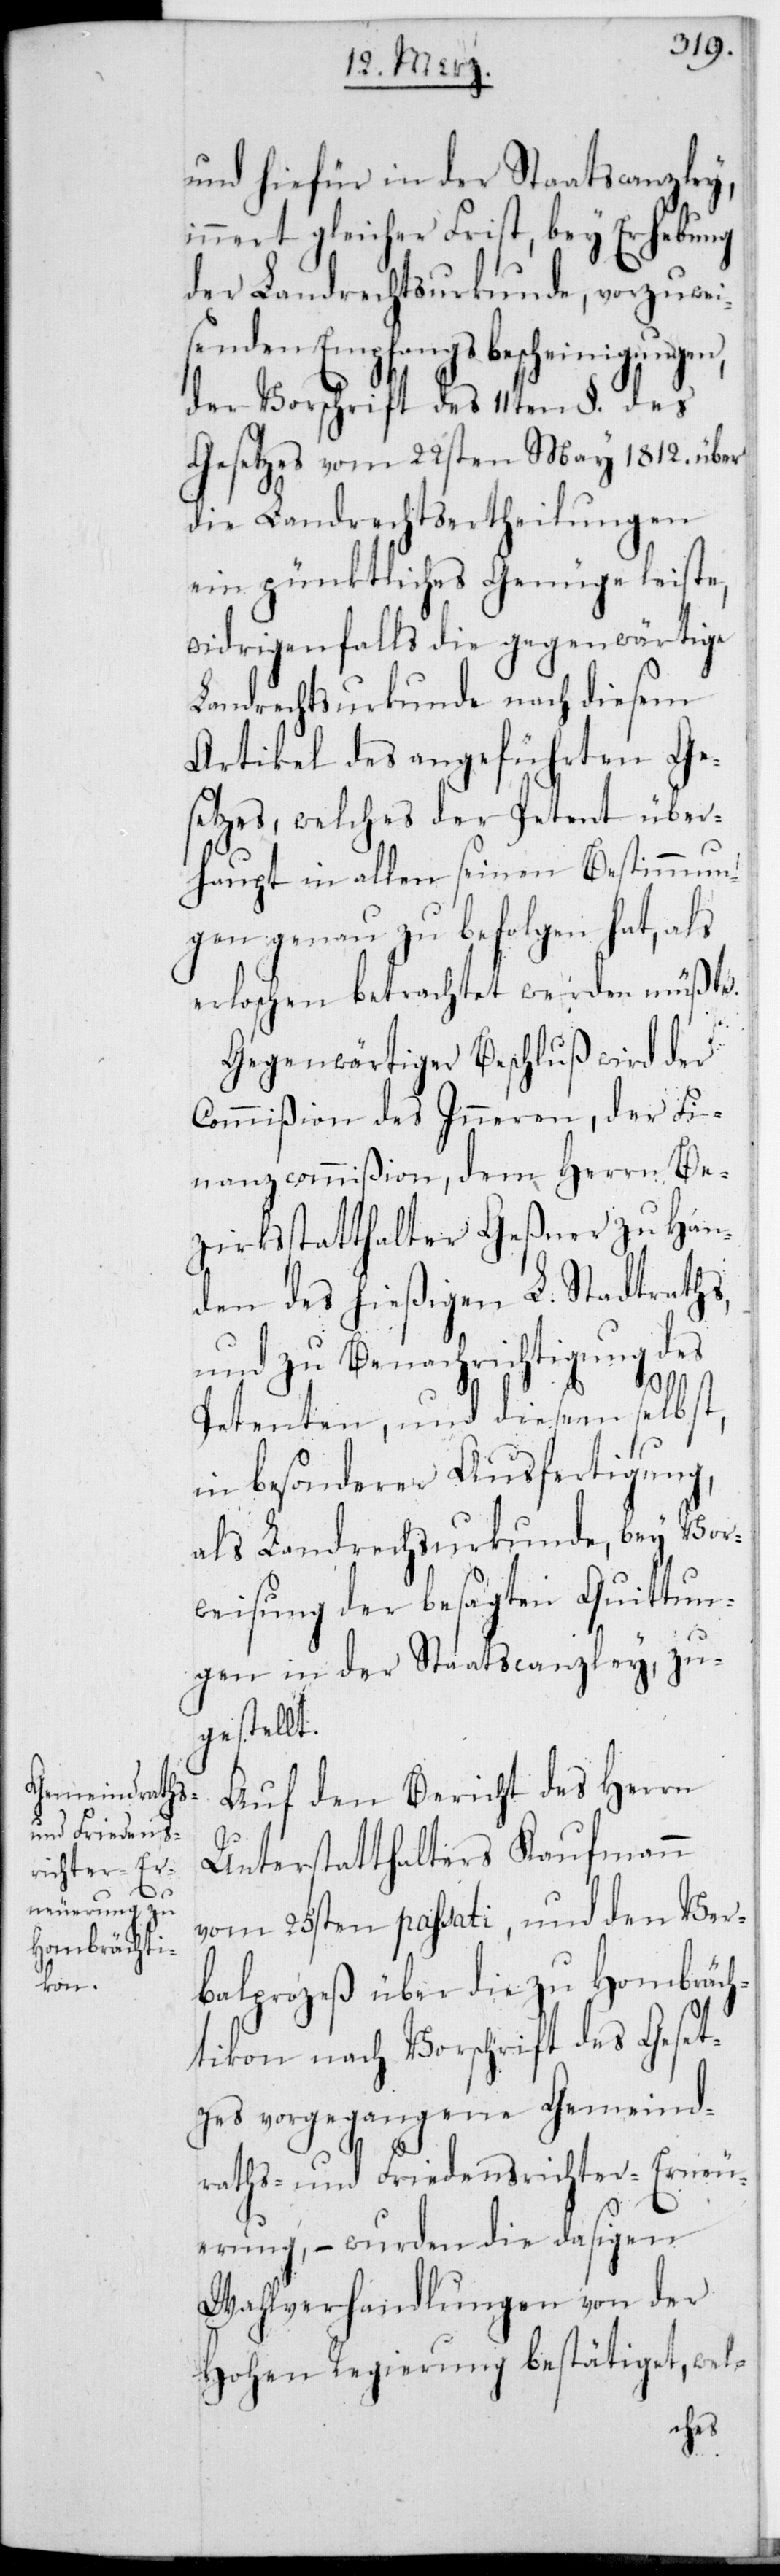
und hiefür in der Staatscanzley,
innert gleicher Frist, bey Erhebung
der Landrechtsurkunde, vorzuwei¬
senden Empfangs-Bescheinigungen
der Vorschrift des 11ten §. des
Gesetzes vom 22sten May 1812., über
die Landrechtsertheilungen
ein pünktliches Genüge leiste,
widrigenfalls die gegenwärtige
Landrechtsurkunde nach diesem
Artikel des angeführten Ge¬
setzes, welches der Petent über¬
haupt in allen seinen Bestimmun¬
gen genau zu befolgen hat, als
erloschen betrachtet werden müßte.
Gegenwärtiger Beschluß wird der
Commißion des Inneren, der Fi¬
nanzcommißion, dem Herrn Be¬
zirksstatthalter Geßner zu Han¬
den des hießigen L. Stadtraths,
und zu Benachrichtigung des
Petenten und diesem selbst,
in besonderer Ausfertigung,
als Landrechtsurkunde, bey Vor¬
weisung der besagten Quittun¬
gen in der Staatscanzley, zu¬
gestellt.
Auf den Bericht des Herrn
Unterstatthalters Kaufmann
vom 25sten passati, und den Ver¬
balprozeß über die zu Hombräch¬
tikon nach Vorschrift des Geset¬
zes vorgegangene Gemeind¬
raths- und Friedensrichter-Erneu¬
erung, – wurden die dasigen
Wahlverhandlungen von der
Hohen Regierung bestätiget, wel-